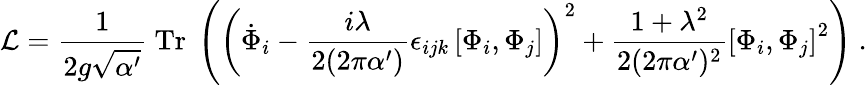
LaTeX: {\cal L}={\frac{1}{2g\sqrt{\alpha^{\prime}}}}~\mathrm{Tr}~\left(\left({\dot{\Phi}}_{i}-{\frac{i\lambda}{2(2\pi\alpha^{\prime})}}\epsilon_{ijk}\left[\Phi_{i},\Phi_{j}\right]\right)^{2}+{\frac{1+\lambda^{2}}{2(2\pi\alpha^{\prime})^{2}}}\left[\Phi_{i},\Phi_{j}\right]^{2}\right)~.